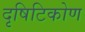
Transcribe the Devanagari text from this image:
दृषिटिकोण